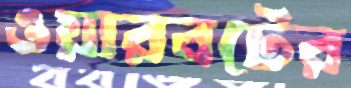
ওয়ারবটের